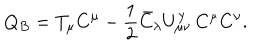
LaTeX: Q _ { B } = T _ { \mu } C ^ { \mu } - \frac { 1 } { 2 } \bar { C } _ { \lambda } U _ { \mu \nu } ^ { \lambda } \, C ^ { \mu } C ^ { \nu } .